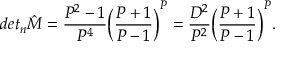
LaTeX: d e t _ { n } { \hat { M } } = \frac { P ^ { 2 } - 1 } { P ^ { 4 } } \bigg ( \frac { P + 1 } { P - 1 } \bigg ) ^ { P } = \frac { D ^ { 2 } } { P ^ { 2 } } \bigg ( \frac { P + 1 } { P - 1 } \bigg ) ^ { P } .